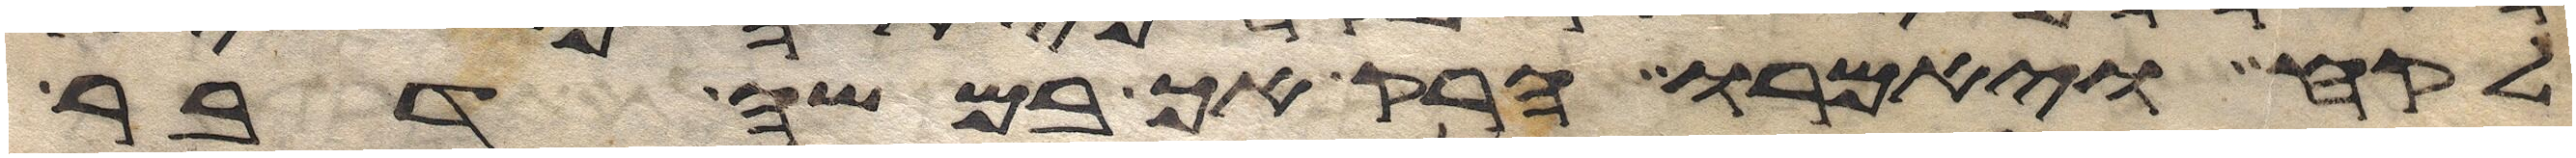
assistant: לקח ויאמרו הרק אך במשה דבר